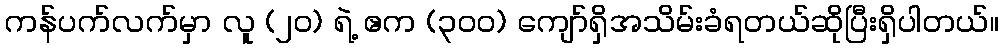
ကန်ပက်လက်မှာ လူ (၂၀) ရဲ့ ဧက (၃၀၀) ကျော်ရှိအသိမ်းခံရတယ်ဆိုပြီးရှိပါတယ်။